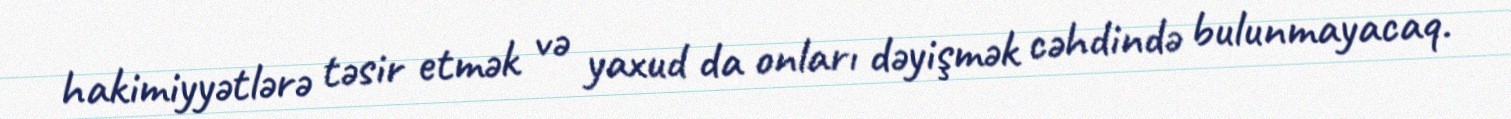
hakimiyyətlərə təsir etmək və yaxud da onları dəyişmək cəhdində bulunmayacaq.